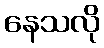
နေသလို